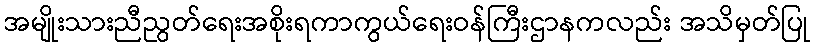
အမျိုးသားညီညွတ်ရေးအစိုးရကာကွယ်ရေးဝန်ကြီးဌာနကလည်း အသိမှတ်ပြု